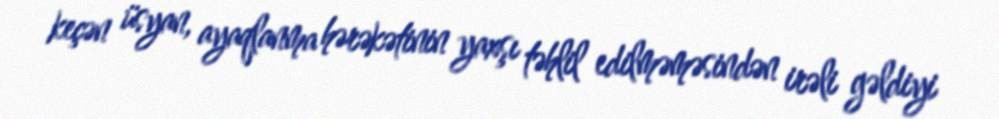
keçən üsyan, ayaqlanma hərəkətinin yaxşı təhlil edilməməsindən irəli gəldiyi